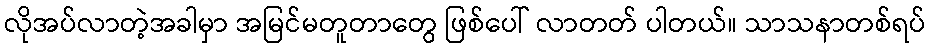
လိုအပ်လာတဲ့အခါမှာ အမြင်မတူတာတွေ ဖြစ်ပေါ် လာတတ် ပါတယ်။ သာသနာတစ်ရပ်